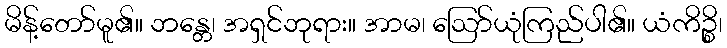
မိန့်တော်မူ၏။ ဘန္တေ၊ အရှင်ဘုရား။ အာမ၊ ဩော်ယုံကြည်ပါ၏။ ယံကိဉ္စိ၊